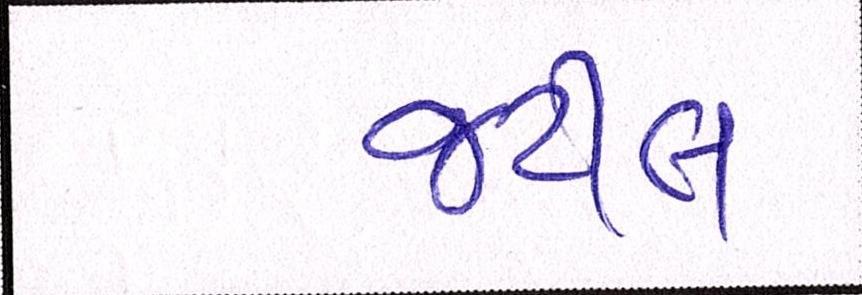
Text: જટીલ